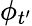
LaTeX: \phi_{t^{\prime}}